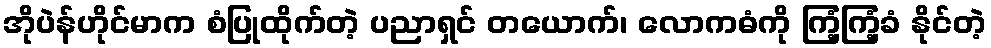
အိုပဲန်ဟိုင်မာက စံပြုထိုက်တဲ့ ပညာရှင် တယောက်၊ လောကဓံကို ကြံ့ကြံ့ခံ နိုင်တဲ့